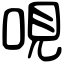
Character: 哯